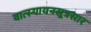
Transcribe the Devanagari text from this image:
वात्स्यायनसूत्रसार